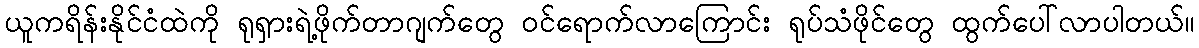
ယူကရိန်းနိုင်ငံထဲကို ရုရှားရဲ့ဖိုက်တာဂျက်တွေ ဝင်ရောက်လာကြောင်း ရုပ်သံဖိုင်တွေ ထွက်ပေါ်လာပါတယ်။